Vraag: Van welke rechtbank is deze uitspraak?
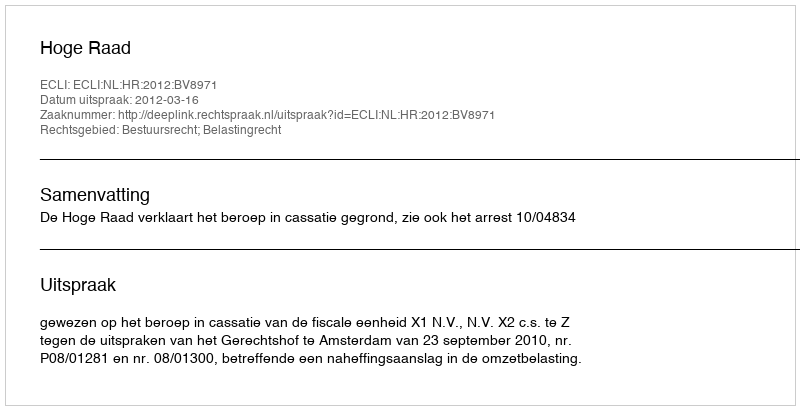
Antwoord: Hoge Raad